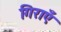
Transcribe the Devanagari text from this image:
गिराएँ